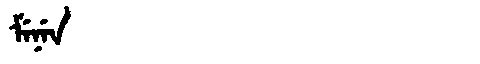
Manchu: ᠮᡝᠨᡝᠨ
Romanization: MENEN